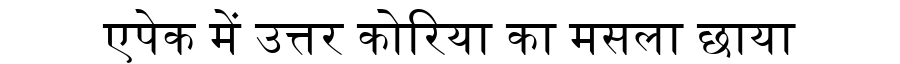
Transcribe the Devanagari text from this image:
एपेक में उत्तर कोरिया का मसला छाया